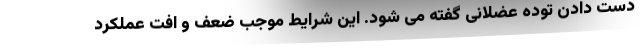
دست دادن توده عضلانی گفته می شود. این شرایط موجب ضعف و افت عملکرد